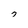
Character: 7